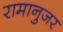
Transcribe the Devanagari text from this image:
रामानुजर